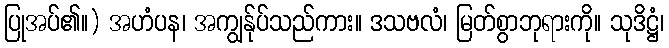
ပြုအပ်၏။) အဟံပန၊ အကျွန်ုပ်သည်ကား။ ဒသဗလံ၊ မြတ်စွာဘုရားကို။ သုဒိဋ္ဌံ၊